Eesti_Vabariigi_Tartu_Ulikool, lk 29
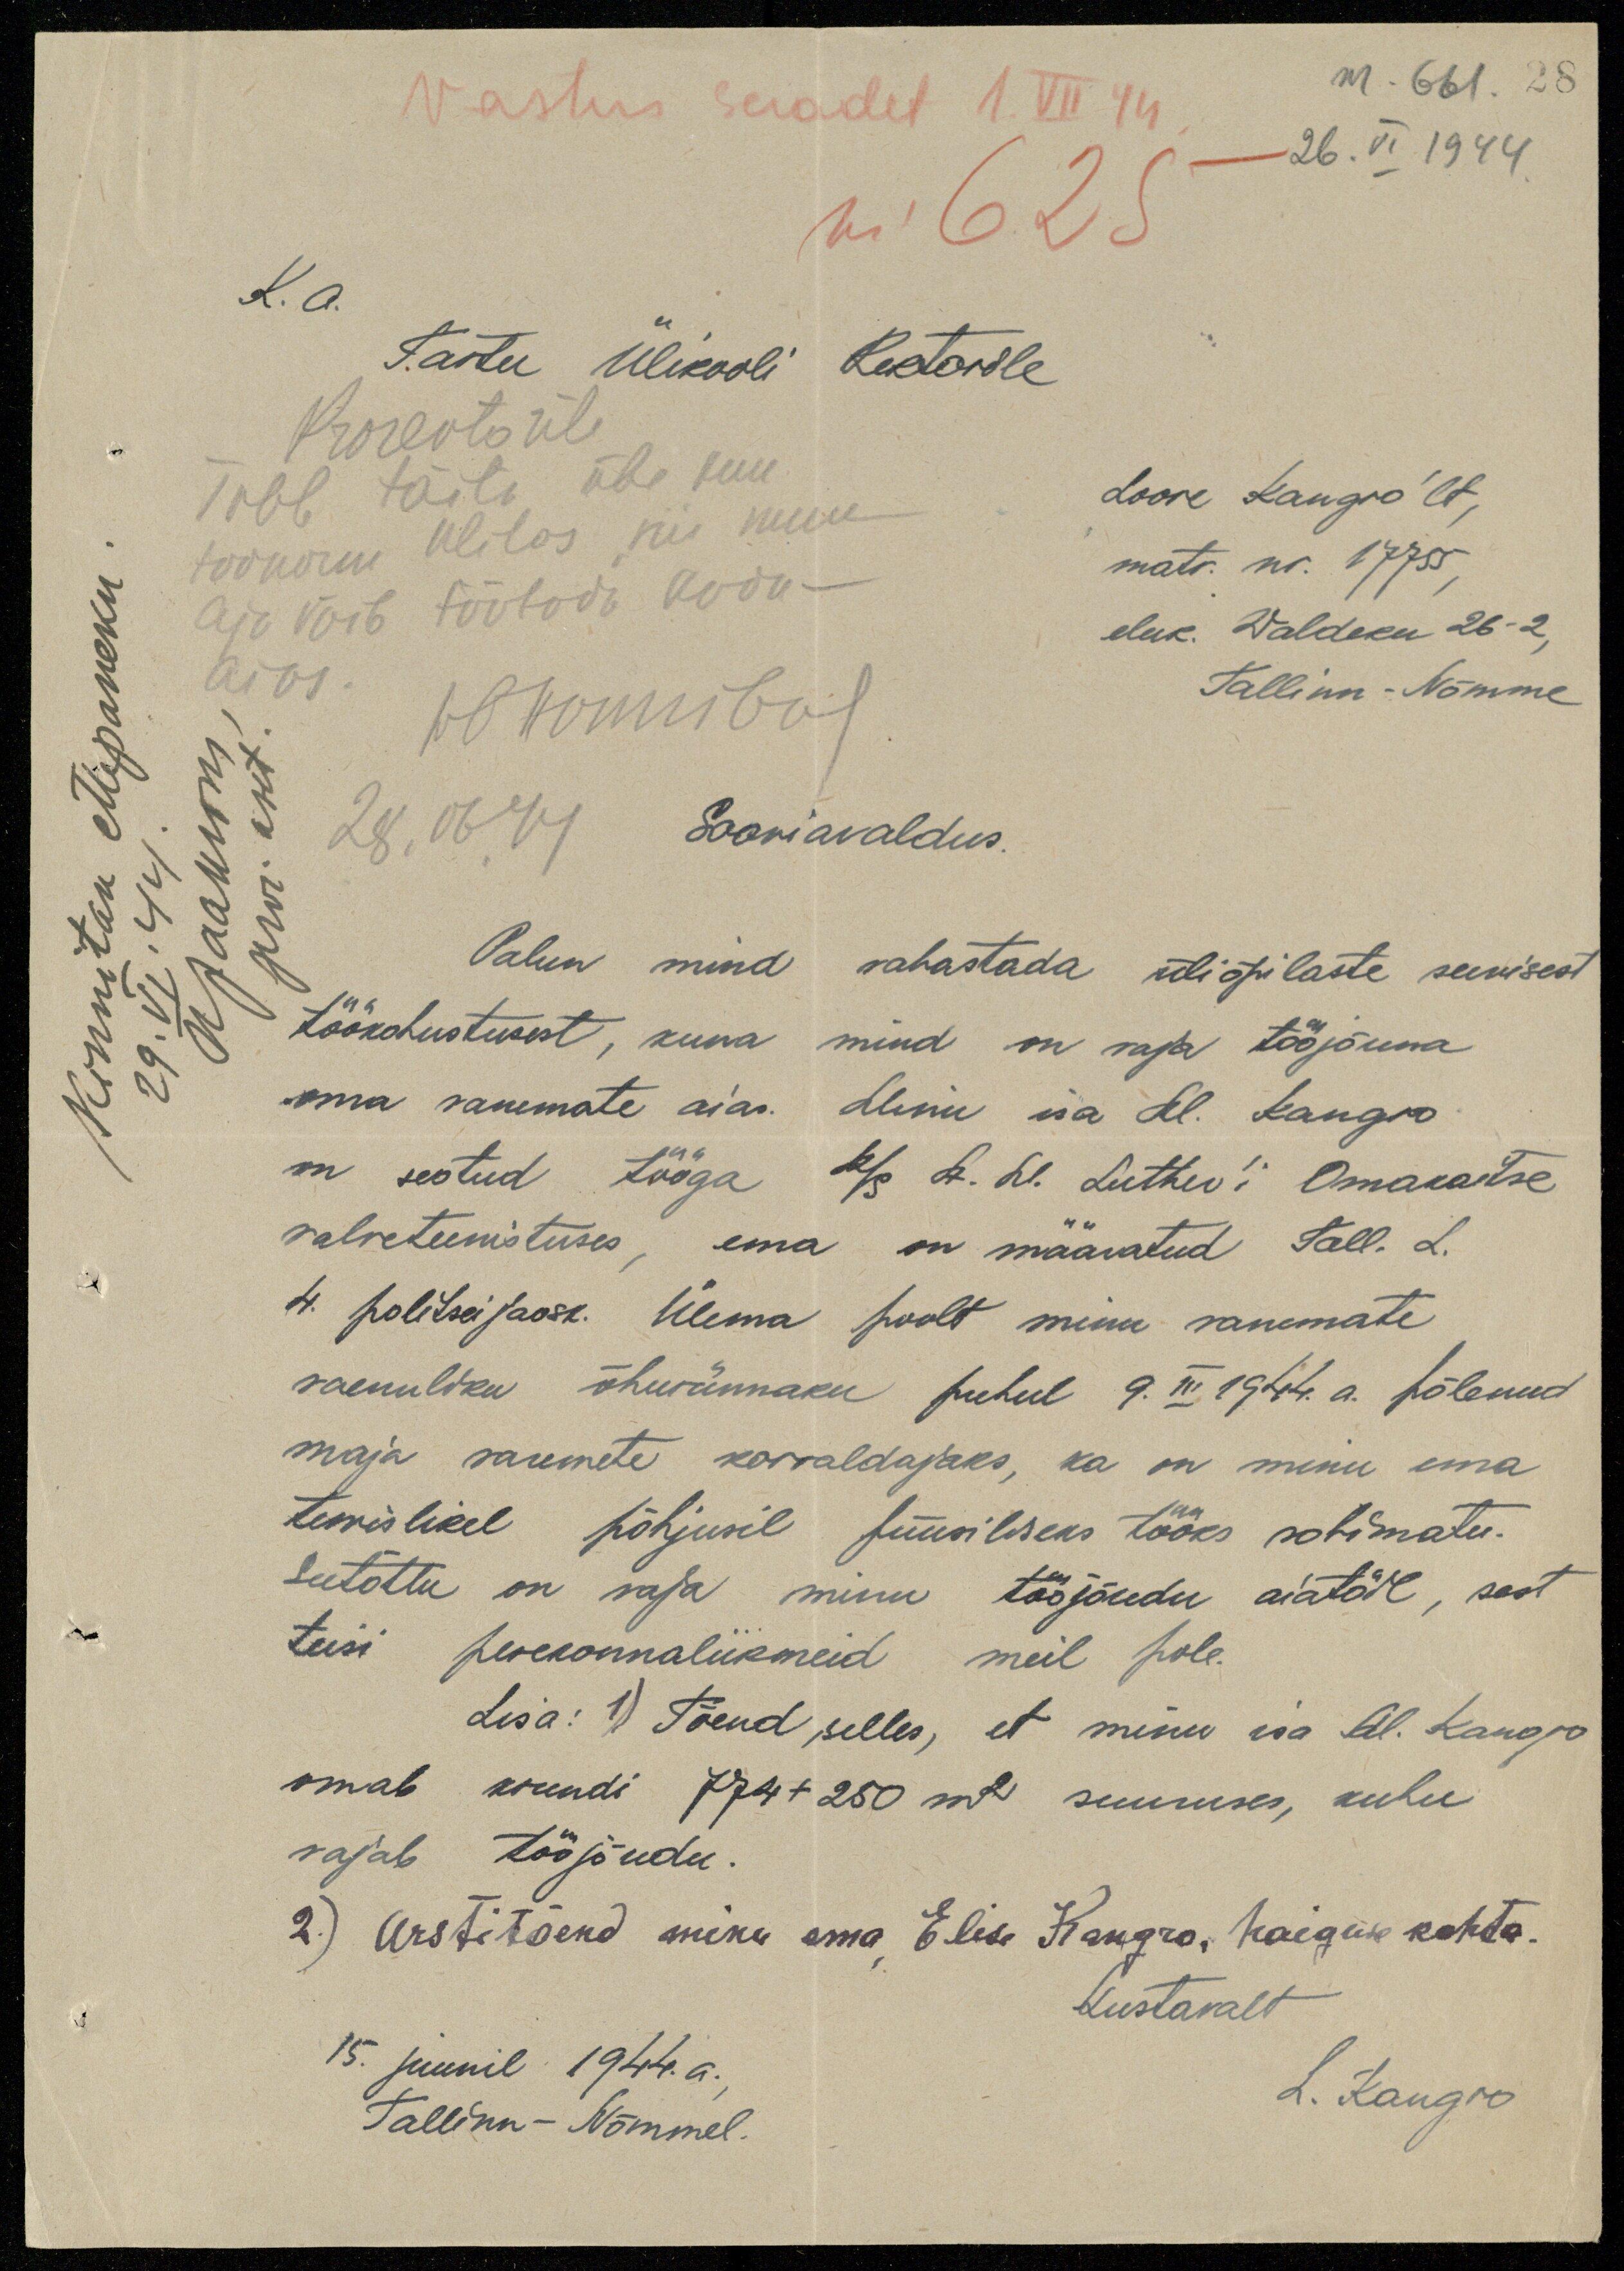
Vastus saadet 1.VII.44
nr 625
nr 661
26. VI 1944
K. a.
Tartu Ülikooli Rektorile
Prorektorile
Tubel täita ühe kuu
toonorm Ulilas siis muu
Aja võib töötada kodu-
aias.
allkiri
28.06.44
Loore Kangro'lt,
matr. nr. 1775
eluk. Waldeku 26-2
Tallinn-Nõmme
Kinnitan ettepaneku
29. VI. 44
pror. aset.
Sooviavaldus.
Palun mind vabastada üliõpilaste suvisest
töökohustusest, kuna mind on vaja tööjõuna
oma vanemate aias. Minu isa Al. Kangro
on seotud tööga k/s A. M. Luther'i Omakatse
valveteenistuses, ema on määratud Tall. L.
4. politseijaosk. Ülema poolt minu vanemate
vaenuliku õhurünnaku puhul 9.III 1944. a. põlenud
maja varemete korraldajaks, ka on minu ema
tervislikel põhjusil füüsiliseks tööks sobimatu.
seetõttu on vaja minu tööjõudu aiatöil, sest
teisi perekonnaliikmeid meil pole.
Lisa: 1) Tõend selles, et minu isa Al. Kangro
omab krundi 774+250 m2 suuruses, kuhu
vajab tööjõudu.
2) Arstitõend minu ema Elise Kangro, haiguse kohta.
Austavalt
L. Kangro
15. juunil 1944. a.
Tallinn-Nõmmel.